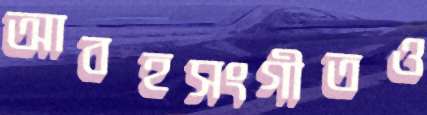
আবহসংগীতও